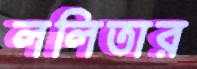
ললিতার